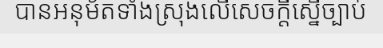
បានអនុម័តទាំងស្រុងលើសេចក្តីស្នើច្បាប់